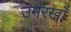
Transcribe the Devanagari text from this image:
उमरखाँ